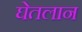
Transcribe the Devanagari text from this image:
घेतलान